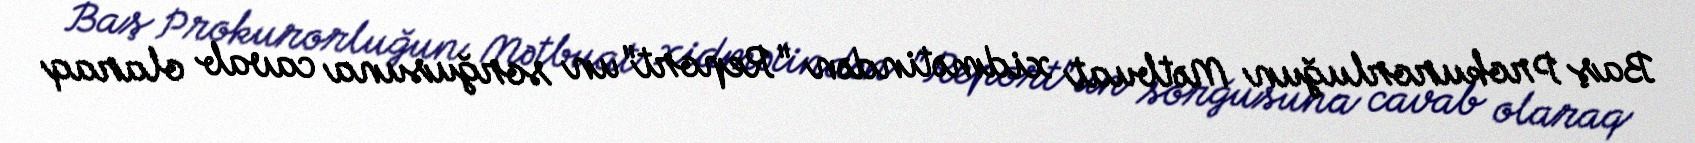
Baş Prokurorluğun Mətbuat xidmətindən "Report"un sorğusuna cavab olaraq